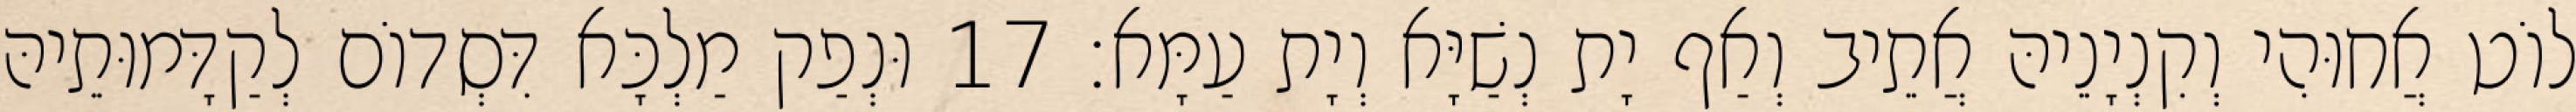
לוֹט אֲחוּהִי וְקִנְיָנֵיהּ אֲתֵיב וְאַף יָת נְשַׁיָּא וְיָת עַמָּא׃ 17 וּנְפַק מַלְכָּא דִּסְדוֹם לְקַדָּמוּתֵיהּ